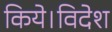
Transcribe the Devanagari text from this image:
किये।विदेश